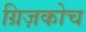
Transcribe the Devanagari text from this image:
ग्रिज़कोच